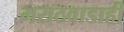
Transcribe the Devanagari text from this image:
मराठवाडाही